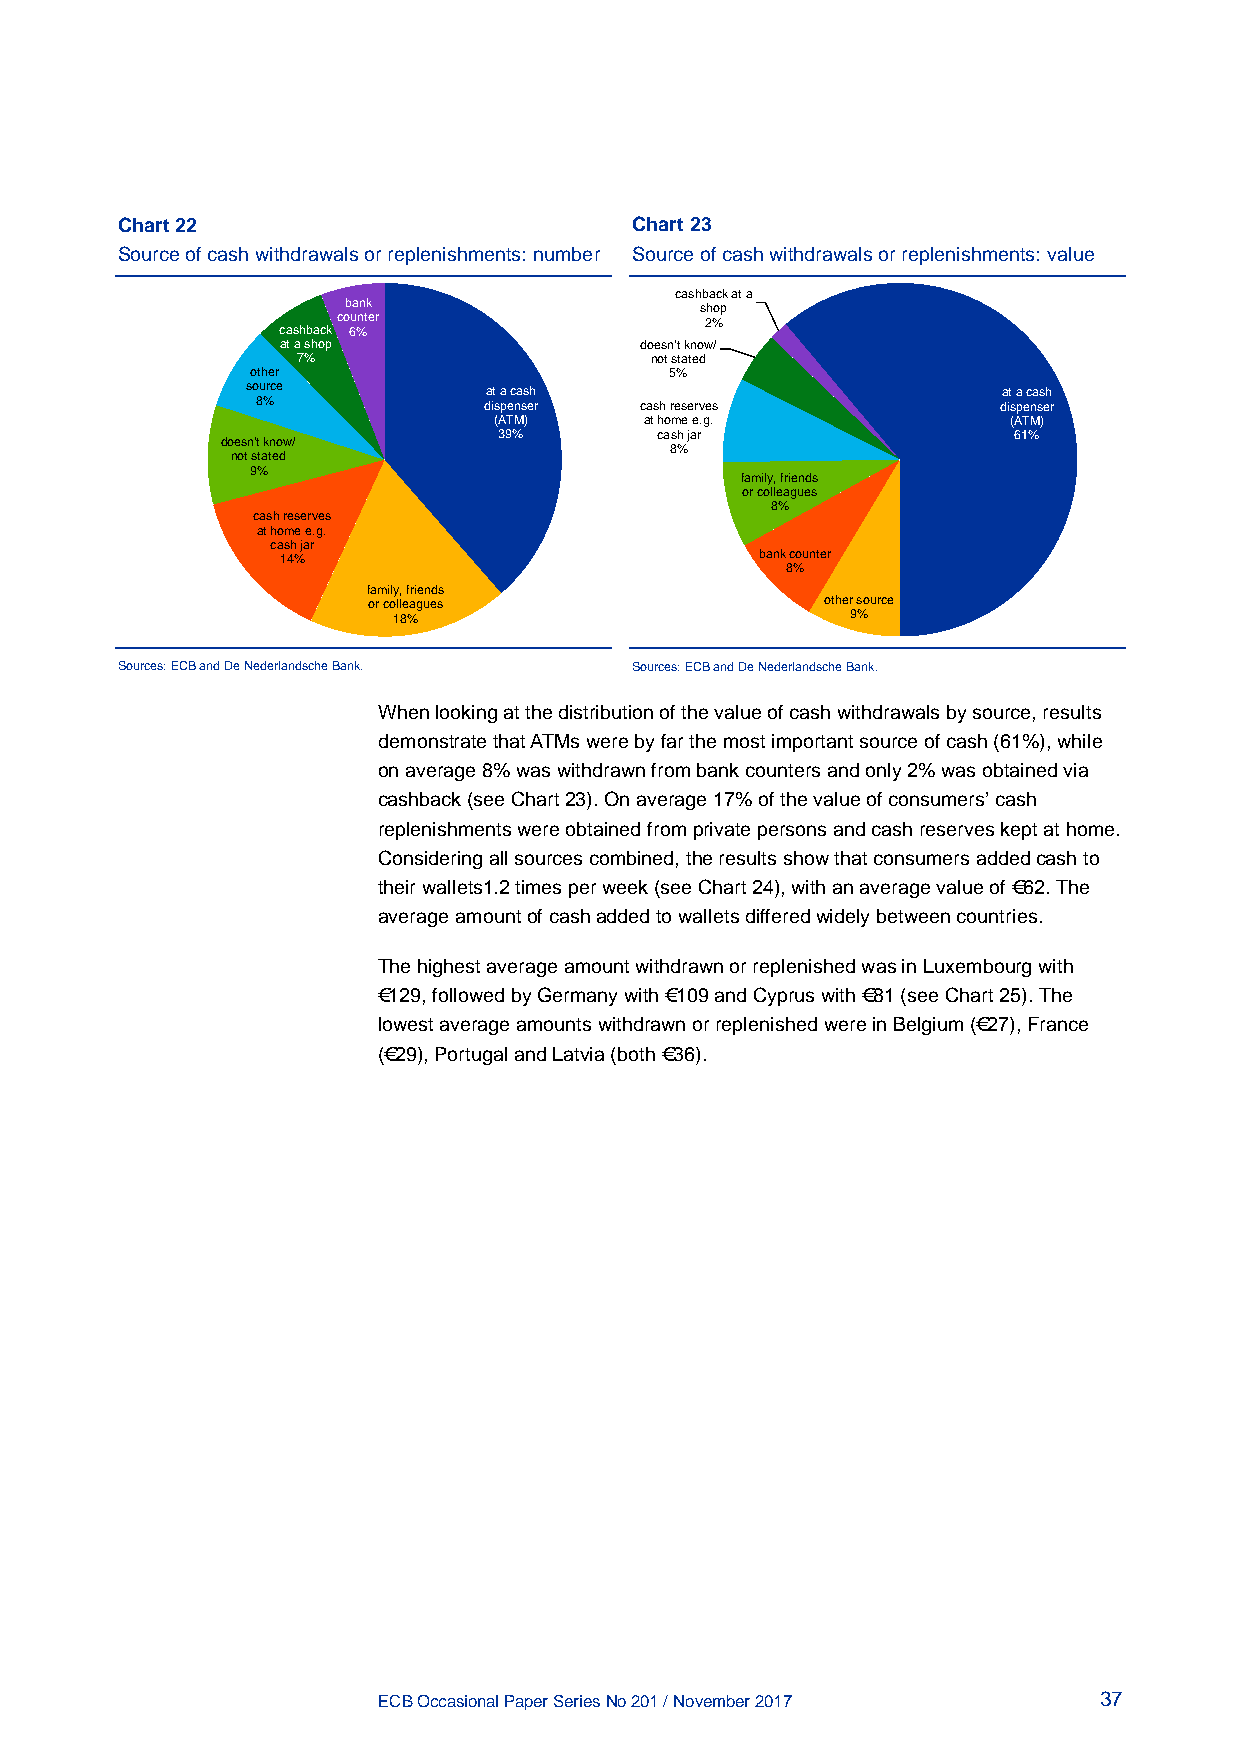
Chart 22                          Chart 23
 Source of cash withdrawals or replenishments: number Source of cash withdrawals or replenishments: value
 cashback at a
 bank                   shop
 counter                  2%
 cashback 6%
 at a shop              doesn't know/
 7%                     not stated
 other                      5%
 source          at a cash                         at a cash
 8%             dispenser cash reserves           dispenser
 (ATM)     at home e.g.            (ATM)
 39%       cash jar                61%
 doesn't know/
 8%
 not stated
 9%
 family, friends
 or colleagues
 8%
 cash reserves
 at home e.g.
 cash jar
 14%                             bank counter
 8%
 family, friends
 or colleagues                  other source
 18%                           9%
 Sources: ECB and De Nederlandsche Bank. Sources: ECB and De Nederlandsche Bank.
 When looking at the distribution of the value of cash withdrawals by source, results
 demonstrate that ATMs were by far the most important source of cash (61%), while
 on average 8% was withdrawn from bank counters and only 2% was obtained via
 cashback (see Chart 23). On average 17% of the value of consumers’ cash
 replenishments were obtained from private persons and cash reserves kept at home.
 Considering all sources combined, the results show that consumers added cash to
 their wallets1.2 times per week (see Chart 24), with an average value of €62. The
 average amount of cash added to wallets differed widely between countries.
 The highest average amount withdrawn or replenished was in Luxembourg with
 €129, followed by Germany with €109 and Cyprus with €81 (see Chart 25). The
 lowest average amounts withdrawn or replenished were in Belgium (€27), France
 (€29), Portugal and Latvia (both €36).
 ECB Occasional Paper Series No 201 / November 2017 37